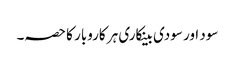
سود اور سودی بینکاری ہر کاروبار کا حصہ۔